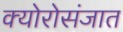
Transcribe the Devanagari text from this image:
क्योरोसंजात